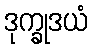
ဒုက္ခုဒယံ